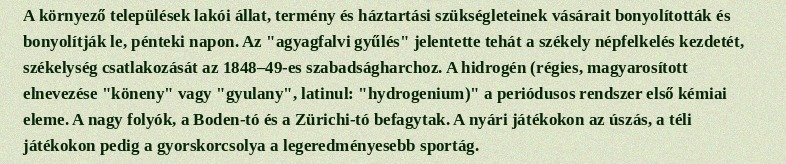
A környező települések lakói állat, termény és háztartási szükségleteinek vásárait bonyolították és bonyolítják le, pénteki napon. Az "agyagfalvi gyűlés" jelentette tehát a székely népfelkelés kezdetét, székelység csatlakozását az 1848–49-es szabadságharchoz. A hidrogén (régies, magyarosított elnevezése "köneny" vagy "gyulany", latinul: "hydrogenium)" a periódusos rendszer első kémiai eleme. A nagy folyók, a Boden-tó és a Zürichi-tó befagytak. A nyári játékokon az úszás, a téli játékokon pedig a gyorskorcsolya a legeredményesebb sportág.